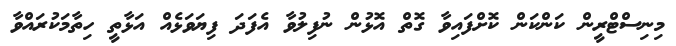
މިނިސްޓްރީން ކަންކަން ކޮށްފައިވާ ގޮތް އޮޅުން ނުފިލުވާ އެފަދަ ފިޔަވަޅެއް އަޅާތީ ހިތާމަކުރައްވާ